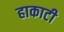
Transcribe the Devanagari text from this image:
हाकाटी